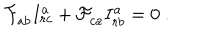
LaTeX: { \cal F } _ { a b } ^ { \vphantom a } I _ { r c } ^ { a } + { \cal F } _ { c a } ^ { \vphantom a } I _ { r b } ^ { a } = 0 \ .